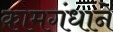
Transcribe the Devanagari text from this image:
कामगंधाने